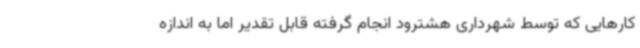
کارهایی که توسط شهرداری هشترود انجام گرفته قابل تقدیر اما به اندازه